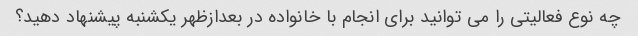
چه نوع فعالیتی را می توانید برای انجام با خانواده در بعدازظهر یکشنبه پیشنهاد دهید؟